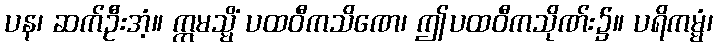
ပန၊ ဆက်ဦးအံ့။ ဣမသ္မိံ ပထဝီကသိဏေ၊ ဤပထဝီကသိုဏ်း၌။ ပရိကမ္မံ၊